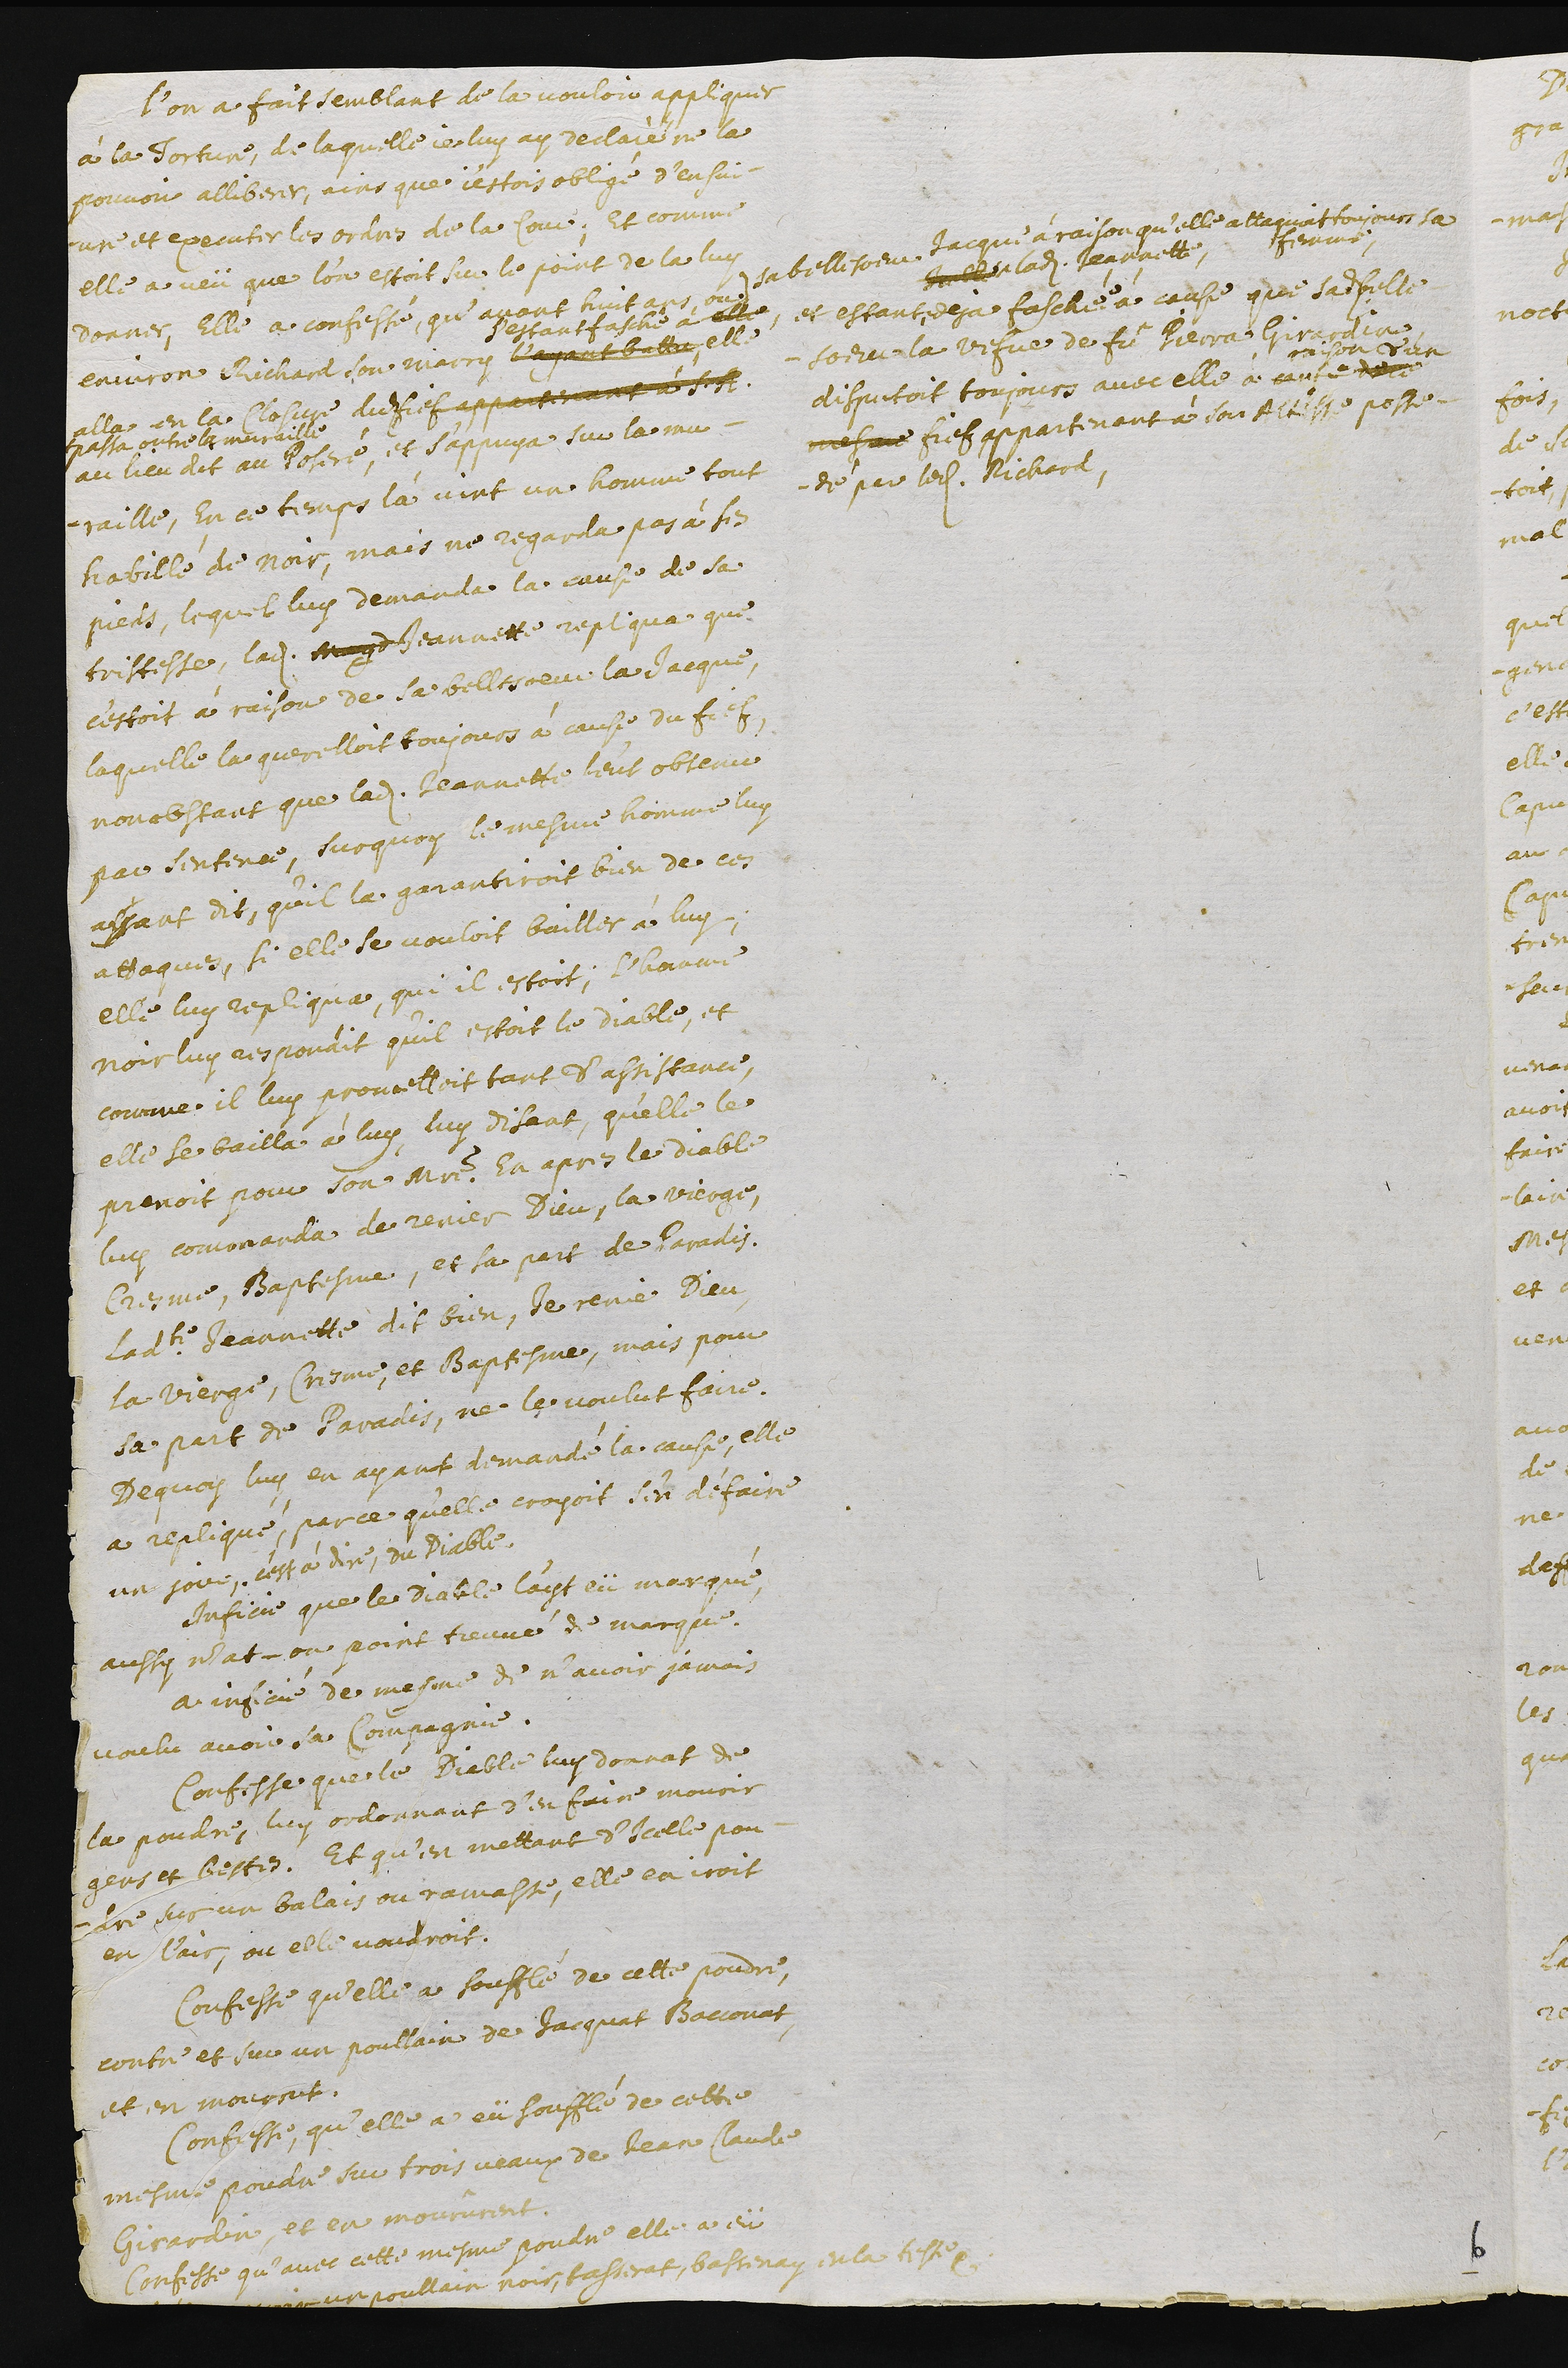
L’on a fait semblant de la vouloir appliquer
à la torture, de laquelle je ay declaré ne la
pouvoir allibérer, ains que j’estois obligé d’en fai-
re et executer les ordres de la cour. Et comme
elle a veü que l’on estoit sur le point de la luy
donner, elle a confessé, qu’avant huit ans, ou
environ Richard son marry l’ayant battue,
s’estant fasché à elle
sa belle soeur Jacques à raison qu'elle attaquoit toujours sa
femme
Icelle ladite Jeannette,
Et estant deja faschée à cause que sadite belle
soeur la vefve de fû Pierra Girardin
disputoit toujours avec elle à cause de ce
raison d'un
mesme fief appartenant à Son Altesse posse-
dé par ledit Richard,
elle
alla en la closure du fief appartenant à Son Altesse
passa outre la muraille
au lieu dit au Poseré, et s’appuya sur la mu-
raille. En ce temps là vint un homme tout
habillé de noir, mais ne regarda pas à ses
pieds, lequel luy demanda la cause de sa
tristesse. Ladite Magd Jeannette repliqua que
c’estoit à raison de sa belle soeur la Jacque,
laquelle la querelloit toujours à cause du fief,
nonobstant que ladite Jeannette l’eut obtenu
par sentence. Sur quoy le mesme homme luy
ayant dit, qu’il la garantiroit bien de ces
attaques, si elle se vouloit bailler à luy.
Elle luy repliqua, qui il estoit, l’homme
noir luy respondit qu’il estoit le Diable, et
comme il luy promettoit tant d’assistance,
elle se baillà à luy, luy disant, qu’elle le
prenoit pour son maistre. En apres le diable
luy commanda de renier Dieu, la vierge,
cresme, baptesme, et sa part de Paradis.
Ladite Jeannette dit bien, Je renie Dieu,
la vierge, cresme, et baptesme, mais pour
sa part de Paradis, ne le voulut faire.
De quoy luy, en ayant demandé la cause, elle
a repliqué, parce qu’elle croyoit s’en défaire
un jour, c'est à dire, du Diable.
Inficie que le Diable l’ayt eü marqué,
aussy n’at-on point treuvé de marque.
A inficié de mesme de n’avoir jamais
voulu avoir sa compagnie.
Confesse que le Diable luy donnat de
la poudre, luy ordonnant d’en faire mourir
gens et bestes. Et qu’en mettant d’icelle pou-
dre sur un balais ou ramasse, elle en iroit
en l’air, ou elle voudroit.
Confesse qu’elle a soufflé de cette poudre,
contre et sur un poullain de Jacquat Bacconat,
et en mourrut.
Confesse, qu’elle a eü soufflé de cette
mesme poudre sur trois veaux de Jean Claude
Girardin, et en mourûrent.
Confesse qu’avec cette mesme poudre elle a eü
??? un poullain noir, tasserat, bassenay en la teste.